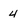
Character: 4